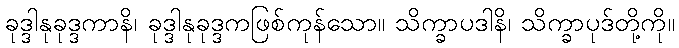
ခုဒ္ဒါနုခုဒ္ဒကာနိ၊ ခုဒ္ဒါနုခုဒ္ဒကဖြစ်ကုန်သော။ သိက္ခာပဒါနိ၊ သိက္ခာပုဒ်တို့ကို။